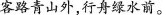
客路青山外，行舟绿水前 。